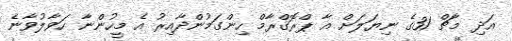
އަދި މާޗް 31ގެ ނިޔަލަށް އާ ޕްރޮގްރާމް ހިންގަމުންދާއިރު އެ މީހުންނާ ހަވާލުވާނެ